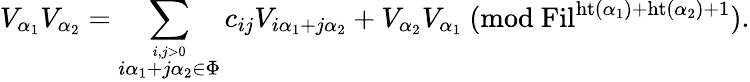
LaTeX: V_{\alpha_{1}}V_{\alpha_{2}}=\sum_{\stackrel{i,j>0}{i\alpha_{1}+j\alpha_{2}\in\Phi}}c_{ij}V_{i\alpha_{1}+j\alpha_{2}}+V_{\alpha_{2}}V_{\alpha_{1}}\mathrm{~}(\mathrm{mod}\mathrm{~}\mathrm{Fil}^{\mathrm{ht}(\alpha_{1})+\mathrm{ht}(\alpha_{2})+1}).